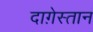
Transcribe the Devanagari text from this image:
दाग़ेस्तान